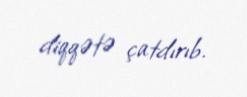
diqqətə çatdırıb.